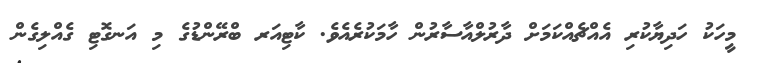
މީހަކު ހަދިޔާކުރި އެއްޗެއްކަމަށް ދާރުލްއާސާރުން ހާމަކުރެއެވެ. ކާޓިއަރ ބްރޭންޑުގެ މި އަނގޮޓި ގެއްލިގެން